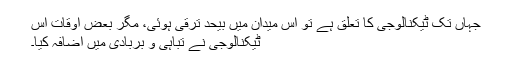
جہاں تک ٹیکنالوجی کا تعلق ہے تو اس میدان میں بیحد ترقی ہوئی، مگر بعض اوقات اس
ٹیکنالوجی نے تباہی و بربادی میں اضافہ کیا۔